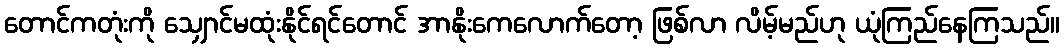
တောင်ကတုံးကို သျှောင်မထုံးနိုင်ရင်တောင် အာနိုးကေလောက်တော့ ဖြစ်လာ လိမ့်မည်ဟု ယုံကြည်နေကြသည်။